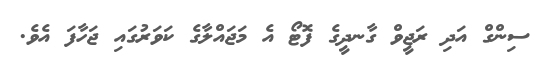
ސިންގް އަދި ރަޖީވް ގާނދީގެ ފޮޓޯ އެ މަޖައްލާގެ ކަވަރުގައި ޖަހާފަ އެވެ.